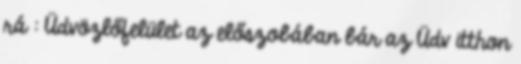
rá : Üdvözlőfelület az előszobában bár az Üdv itthon